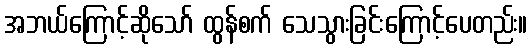
အဘယ်ကြောင့်ဆိုသော် ထွန်စက် သေသွားခြင်းကြောင့်ပေတည်း။